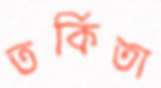
তর্কিতা